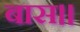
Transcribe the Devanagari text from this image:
बास।।